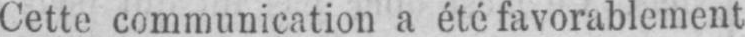
Cette communication a été favorablement